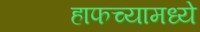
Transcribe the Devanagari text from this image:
हाफच्यामध्ये